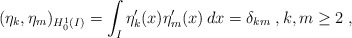
\begin{align*}(\eta_k,\eta_m)_{H^1_0({I})} = \int_I \eta_k'({x}) \eta_m'({x}) \, d{x} = \delta_{km}\;, k,m \geq 2 \;,\end{align*}